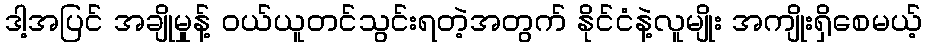
ဒါ့အပြင် အချိုမှုန့် ဝယ်ယူတင်သွင်းရတဲ့အတွက် နိုင်ငံနဲ့လူမျိုး အကျိုးရှိစေမယ့်